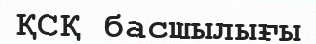
ҚСҚ басшылығы